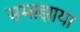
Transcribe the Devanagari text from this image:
समाझाया